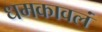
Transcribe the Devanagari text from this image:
धमकावलं